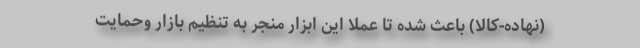
(نهاده-کالا) باعث شده تا عملا این ابزار منجر به تنظیم بازار و‌حمایت